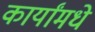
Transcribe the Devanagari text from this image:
कार्यांमधे